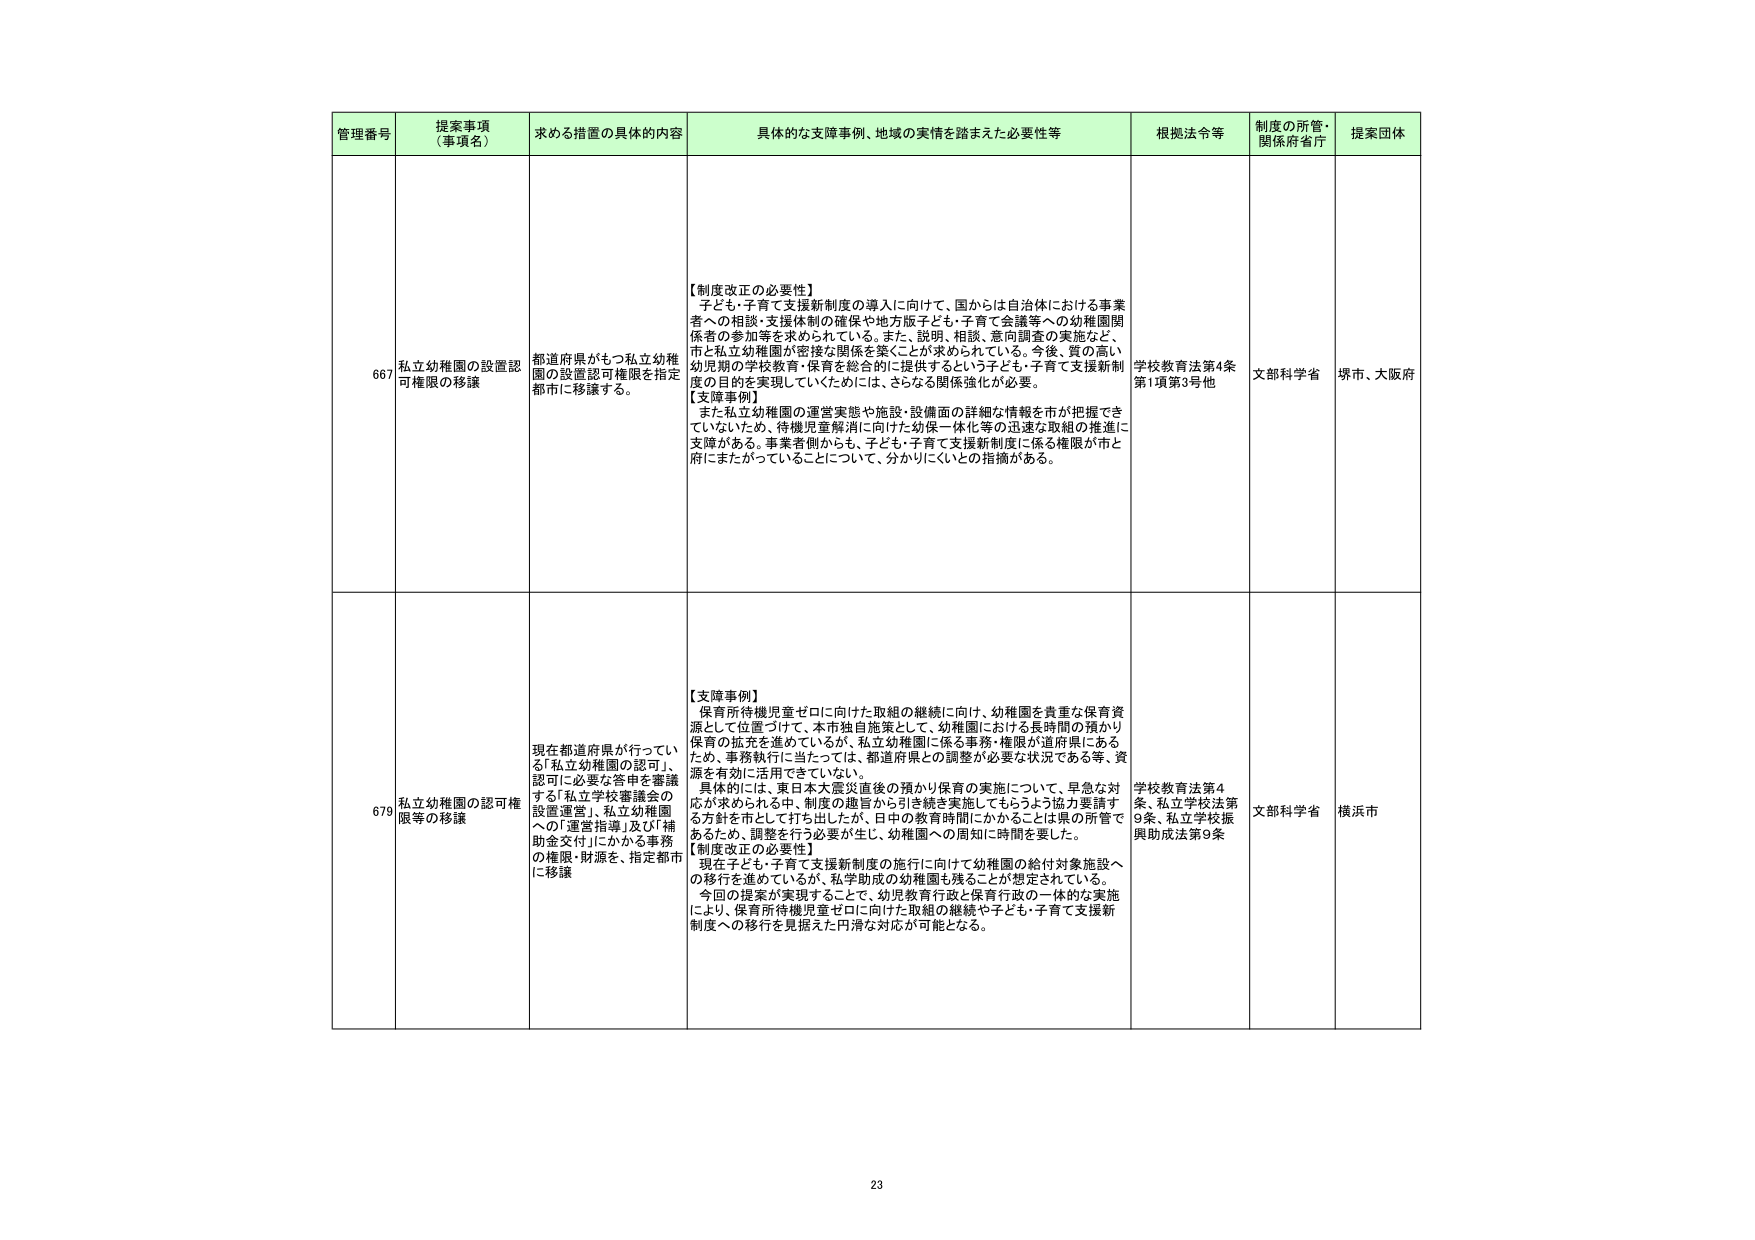
管理番号 提案事項（事項名） 求める措置の具体的内容 具体的な支障事例、地域の実情を踏まえた必要性等 根拠法令等 制度の所管・関係府省庁 提案団体

667 私立幼稚園の設置認可権限の移譲 都道府県がもつ私立幼稚園の設置認可権限を指定都市に移譲する。 【制度改正の必要性】 子ども・子育て支援新制度の導入に向けて、国からは自治体における事業者への相談・支援体制の確保や地方版子ども・子育て会議等への幼稚園関係者の参加等を求められている。また、説明、相談、意向調査の実施など、市と私立幼稚園が密接な関係を築くことが求められている。今後、質の高い幼児期の学校教育・保育を総合的に提供するという子ども・子育て支援新制度の目的を実現していくためには、さらなる関係強化が必要。 【支障事例】 また私立幼稚園の運営実態や施設・設備面の詳細な情報を市が把握できていないため、待機児童解消に向けた幼保一体化等の迅速な取組の推進に支障がある。事業者側からも、子ども・子育て支援新制度に係る権限が市と府にまたがっていることについて、分かりにくいとの指摘がある。 学校教育法第4条第1項第3号他 文部科学省 堺市、大阪府

679 私立幼稚園の認可権限等の移譲 現在都道府県が行っている「私立幼稚園の認可」、認可に必要な答申を審議する「私立学校審議会の設置運営」、私立幼稚園への「運営指導」及び「補助金交付」にかかる事務の権限・財源を、指定都市に移譲 【支障事例】 保育所待機児童ゼロに向けた取組の継続に向け、幼稚園を貴重な保育資源として位置づけて、本市独自施策として、幼稚園における長時間の預かり保育の拡充を進めているが、私立幼稚園に係る事務・権限が道府県にあるため、事務執行に当たっては、都道府県との調整が必要な状況である等、資源を有効に活用できていない。 具体的には、東日本大震災直後の預かり保育の実施について、早急な対応が求められる中、制度の趣旨から引き続き実施してもらうよう協力要請する方針を市として打ち出したが、日中の教育時間にかかることは県の所管であるため、調整を行う必要が生じ、幼稚園への周知に時間を要した。 【制度改正の必要性】 現在子ども・子育て支援新制度の施行に向けて幼稚園の給付対象施設への移行を進めているが、私学助成の幼稚園も残ることが想定されている。今回の提案が実現することで、幼児教育行政と保育行政の一体的な実施により、保育所待機児童ゼロに向けた取組の継続や子ども・子育て支援新制度への移行を見据えた円滑な対応が可能となる。 学校教育法第4条、私立学校法第9条、私立学校振興助成法第9条 文部科学省 横浜市

23